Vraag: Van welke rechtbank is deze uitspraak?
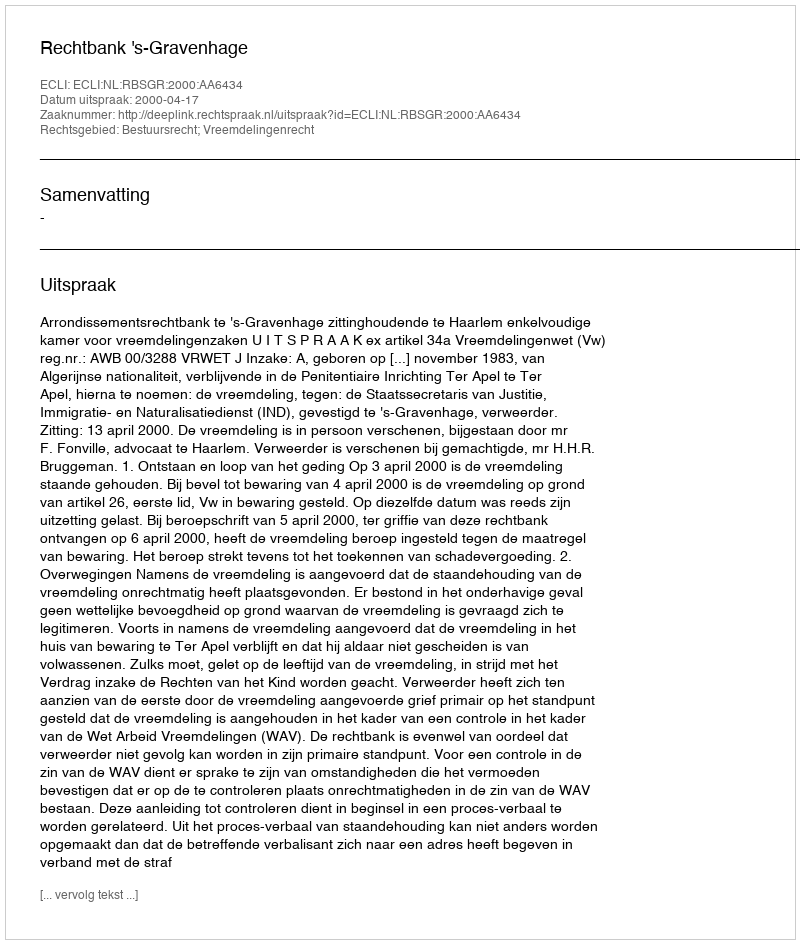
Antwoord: Rechtbank 's-Gravenhage